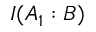
I ( A _ { 1 } : B )